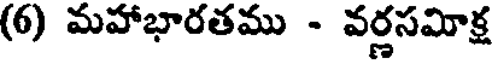
(6) మహాభారతము - వర్ణసమాక్ష